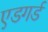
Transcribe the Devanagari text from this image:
एडगर्ड